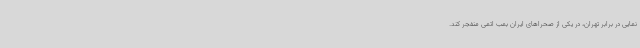
‌نمایی در برابر تهران، در یکی از صحراهای ایران بمب اتمی منفجر کند.